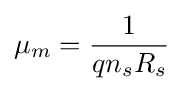
\mu _{m}={\frac {1}{qn_{s}R_{s}}}